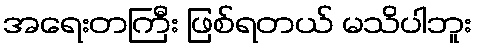
အရေးတကြီး ဖြစ်ရတယ် မသိပါဘူး